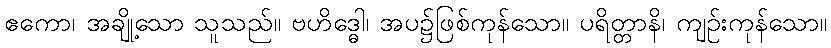
ဧကော၊ အချို့သော သူသည်။ ဗဟိဒ္ဓေါ၊ အပ၌ဖြစ်ကုန်သော။ ပရိတ္တာနိ၊ ကျဉ်းကုန်သော။